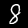
Label: 8